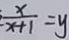
\frac { x } { x + 1 } = y